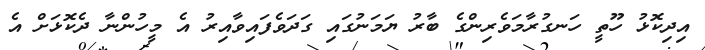
އިދިކޮޅު ހޫތީ ހަނގުރާމަވެރިންގެ ބާރު ޔަމަނުގައި ގަދަވެފައިވާއިރު އެ މީހުންނާ ދެކޮޅަށް އެ